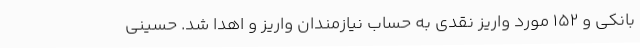
بانکی و 152 مورد واریز نقدی به حساب نیازمندان واریز و اهدا شد. حسینی